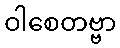
ဝါစေတဗ္ဗာ